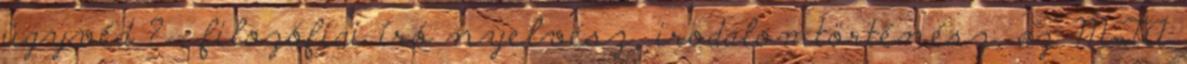
ügyvéd ? , filozófiai író nyelvész, irodalomtörténész, az MTA